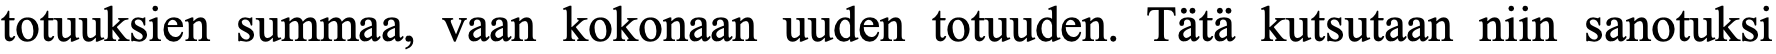
totuuksien summaa, vaan kokonaan uuden totuuden. Tätä kutsutaan niin sanotuksi